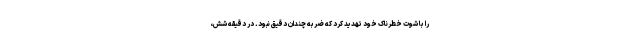
را با شوت خطرناک خود تهدید کرد که ضربه چندان دقیق نبود. در دقیقه شش،